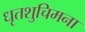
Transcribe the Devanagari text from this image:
धृतशुचिमना